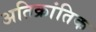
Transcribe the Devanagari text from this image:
अतिक्रांतिक